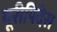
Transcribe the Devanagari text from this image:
यूरीपिदेस